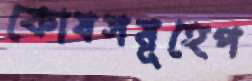
কোষসমূহেপ